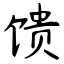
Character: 馈